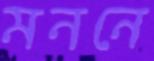
মননে